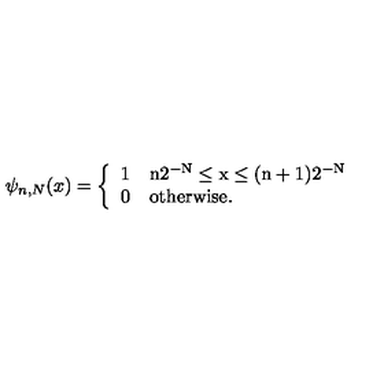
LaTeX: \psi _ { n , N } ( x ) = \left\{ \begin{array} { l l } { 1 } & { \mathrm { n 2 ^ { - N } \leq x \leq ( n + 1 ) 2 ^ { - N } } } \\ { 0 } & { \mathrm { o t h e r w i s e . } } \\ \end{array} \right.